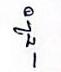
ជុំ